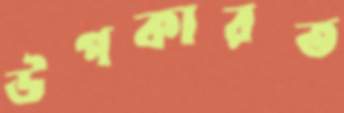
উপকারত